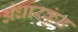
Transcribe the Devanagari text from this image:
अंधारकुंड